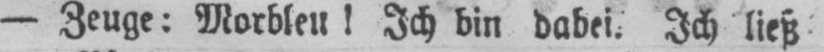
- Zeuge: Morbleu! Ich bin dabei. Ich ließ